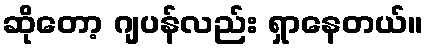
ဆိုတော့ ဂျပန်လည်း ရှာနေတယ်။